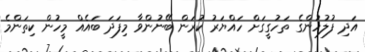
އަދި ފުލުހުންގެ ތަހުގީގަށް ހައްޔަރު ކުރަން ބޭނުންވާ މިފަދަ ބައެއް މީހުން ކިތަންމެ